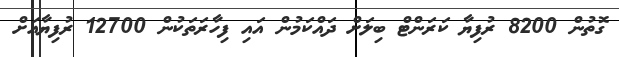
ގޮތުން 8200 ރުފިޔާ ކަރަންޓް ބިލަށް ދައްކަމުން އައި ފިހާރަތަކުން 12700 ރުފިޔާއަށް